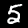
Digit: 5